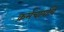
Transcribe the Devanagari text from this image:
कर्मचार्यांचे